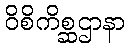
ဝိစိကိစ္ဆဌာနာ